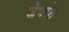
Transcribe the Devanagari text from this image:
जेफ्फ्रे